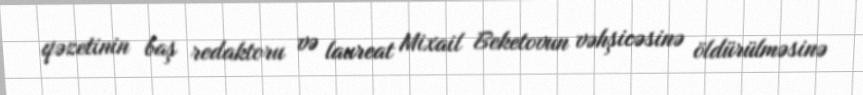
qəzetinin baş redaktoru və laureat Mixail Beketovun vəhşicəsinə öldürülməsinə